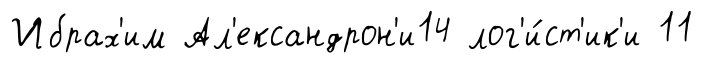
Ибрах'им Ал'ександрон'и14 лог'и́ст'ик'и 11